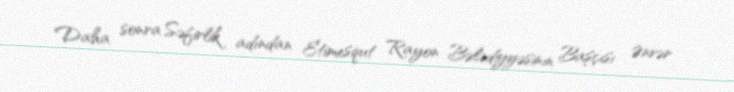
Daha sonra Səfirlik adından Etimesqut Rayon Bələdiyyəsinin Başçısı Ənvər